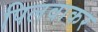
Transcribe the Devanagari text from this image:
पिलवाकर